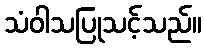
သံဝါသပြုသင့်သည်။